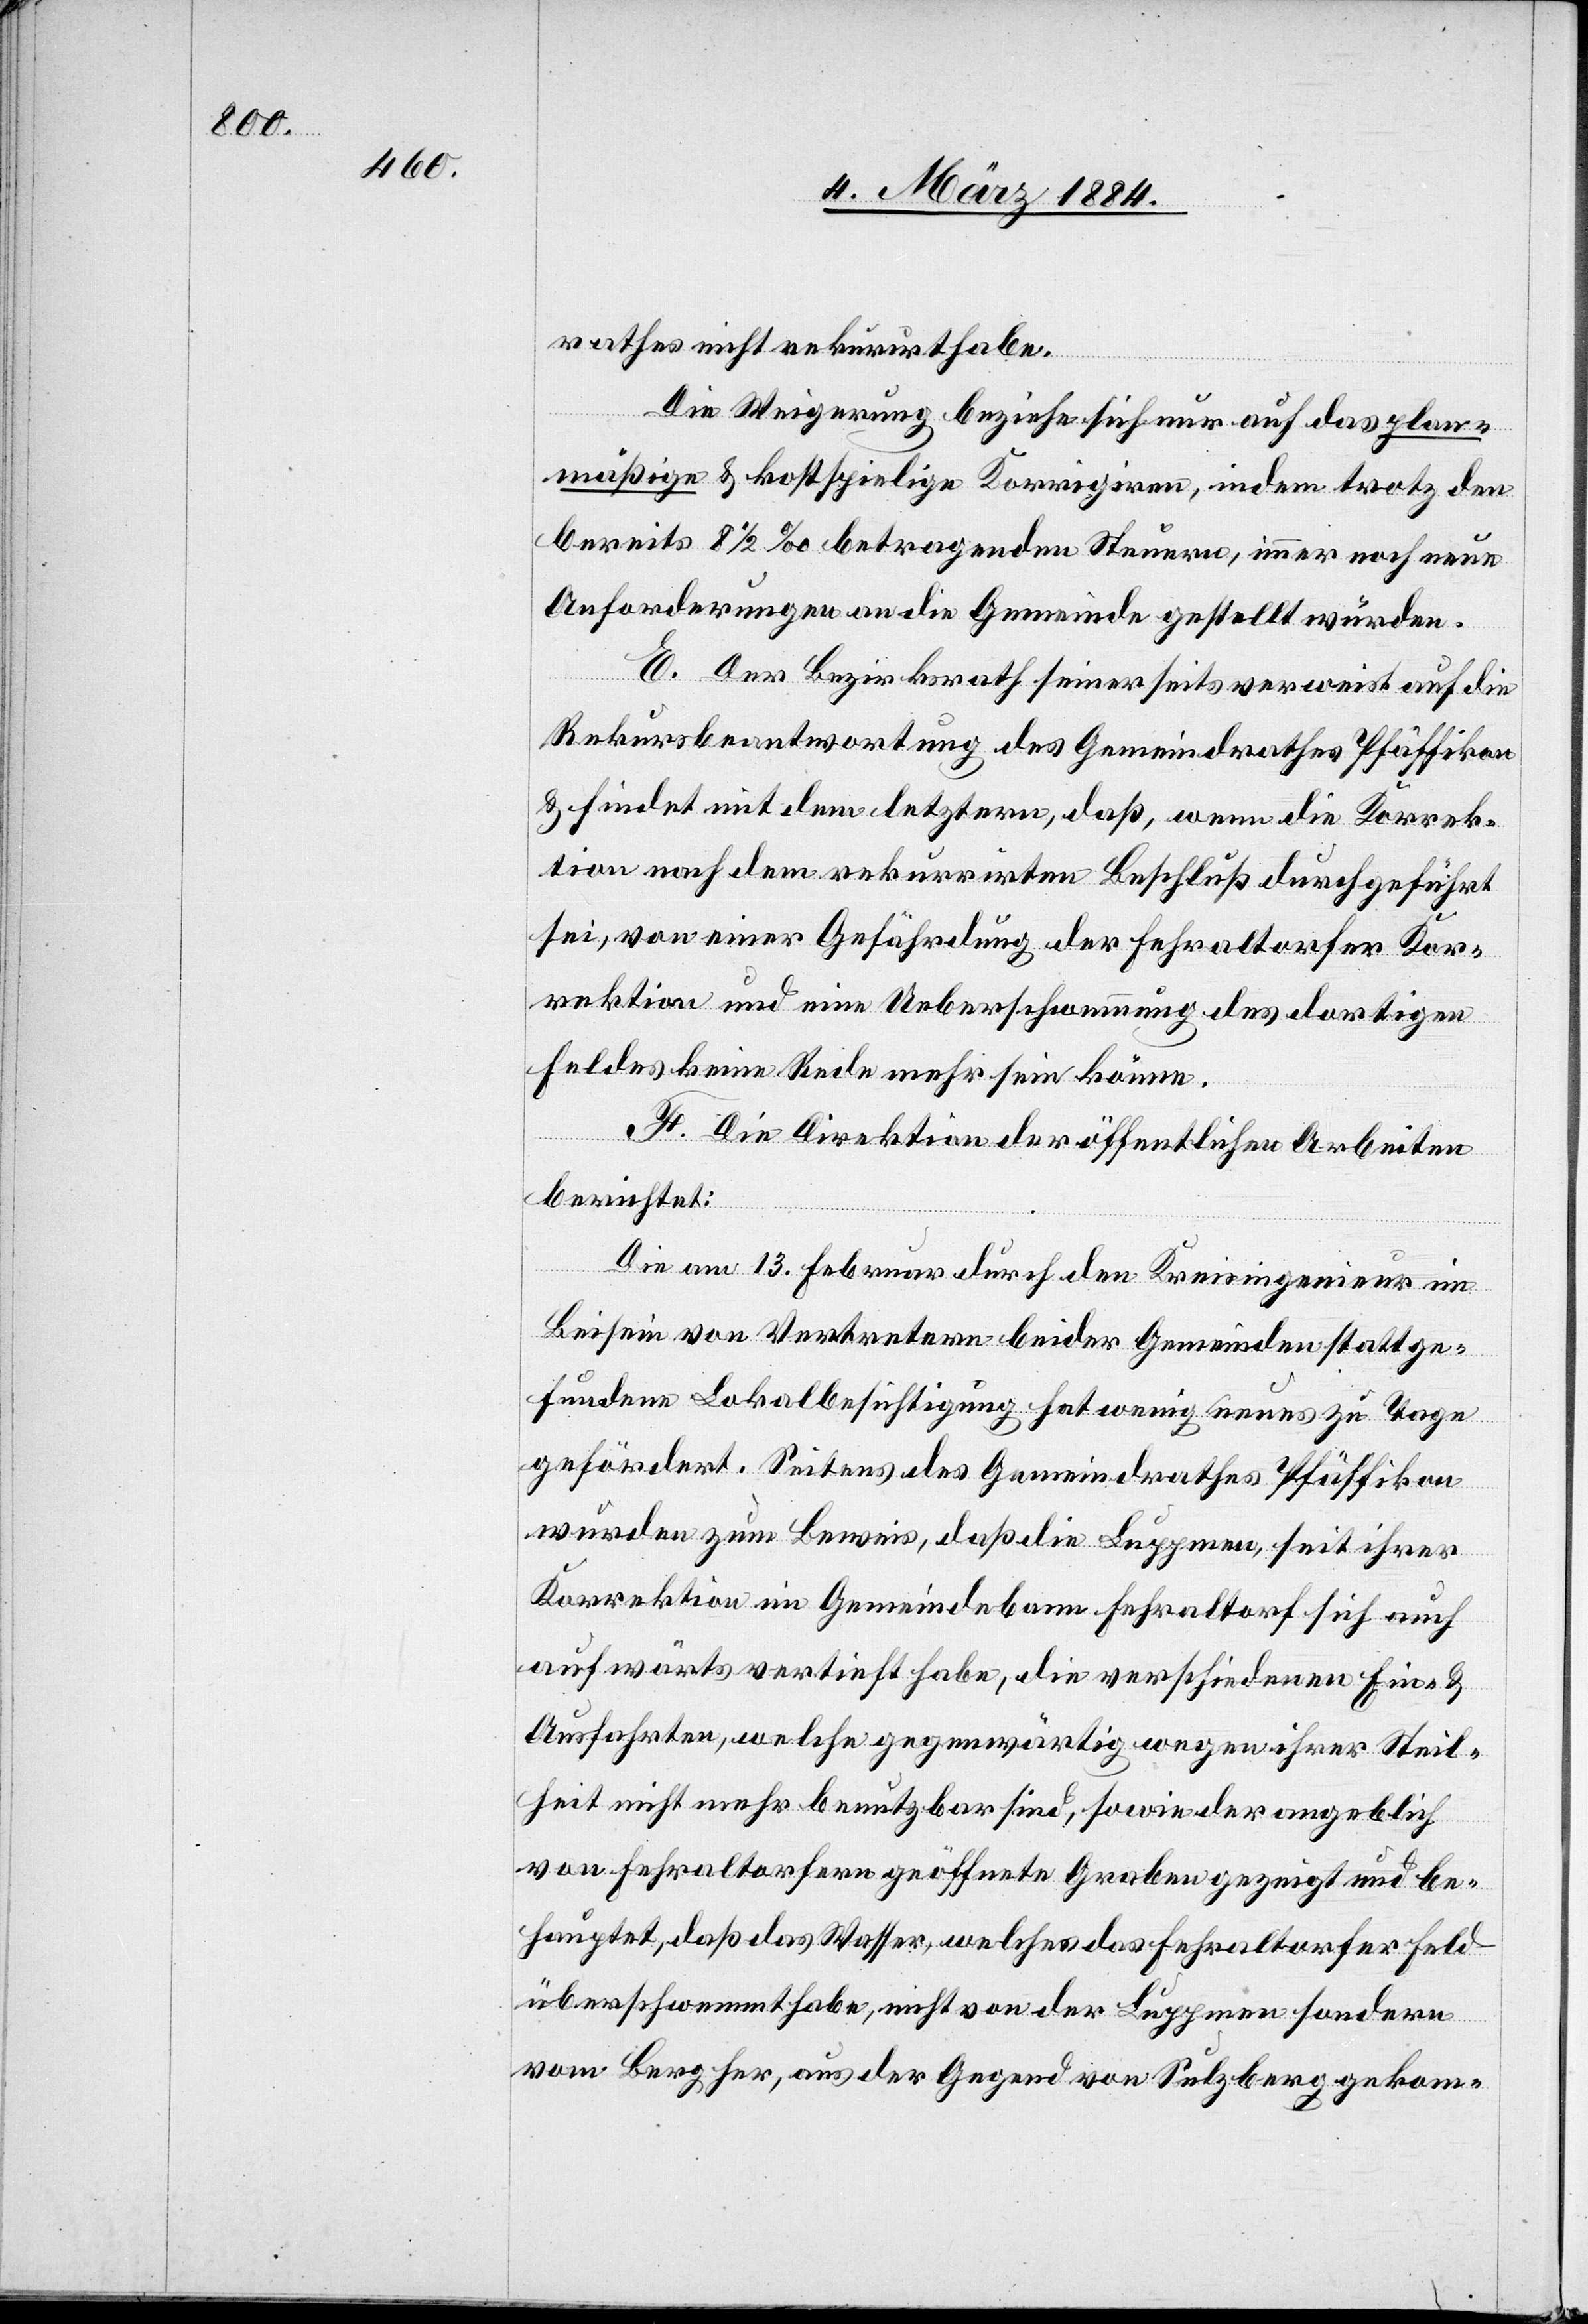
rathes nicht rekurrurirt habe.
Die Weigerung beziehe sich nur auf das plan¬
mäßige & kostspielige Korrigiren, indem trotz den
bereits 8 1/2‰ betragenden Steuern, immer noch neue
Anforderungen an die Gemeinde gestellt würden.
E. Der Bezirksrath seinerseits verweist auf die
Rekursbeantwortung des Gemeindrathes Pfäffikon
& findet mit dem letztern, daß, wenn die Korrek¬
tion nach dem rekurrirten Beschluß durchgeführt
sei, von einer Gefährdung der Fehraltorfer Kor¬
rektion und eine Ueberschwemmung des dortigen
Feldes keine Rede mehr sein könne.
F. Die Direktion der öffentlichen Arbeiten
berichtet:
Die am 13. Februar durch den Kreisingenieur im
Beisein von Vertretern beider Gemeinden stattge¬
fundenen Lokalbesichtigungen haben wenig Neues zu Tage
gefördert. Seitens des Gemeindrathes Pfäffikon
wurden zum Beweis, daß die Luppmen, seit ihrer
Korrektion im Gemeindebann Fehraltorf sich auch
aufwärts vertieft habe, die verschiedenen Ein- &
Ausfahrten, welche gegenwärtig wegen ihrer Steil¬
heit nicht mehr benutzbar sind, sowie der angeblich
von Fehraltorf geöffnete Graben gezeigt und be¬
hauptet, daß das Wasser, welches das Fehraltorfer Feld
überschwemmt habe, nicht von der Luppmen sondern
vom Berg her, aus der Gegend von Sulzberg gekom-